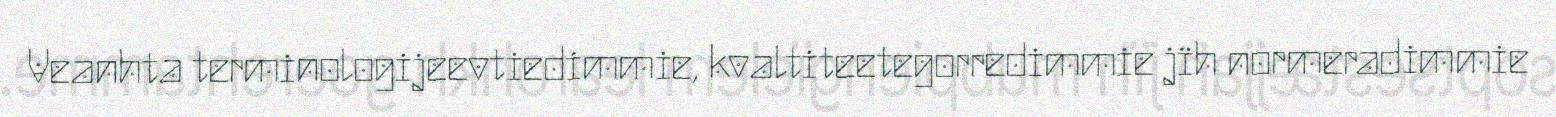
Veanhta terminologijeevtiedimmie, kvaltiteetegorredimmie jïh normeradimmie